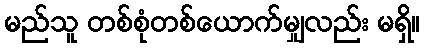
မည်သူ တစ်စုံတစ်ယောက်မျှလည်း မရှိ။